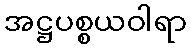
အဋ္ဌပစ္စယဝါရာ